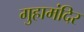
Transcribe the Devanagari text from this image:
गुहामंदिर